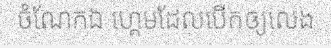
ចំណែកឯ ហ្គេមដែលបើកឲ្យលេង